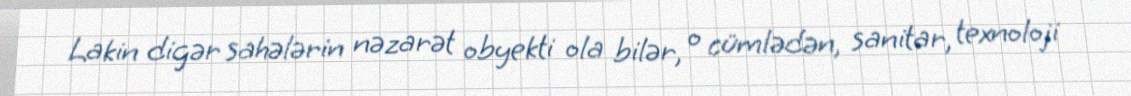
Lakin digər sahələrin nəzarət obyekti ola bilər, o cümlədən, sanitar, texnoloji